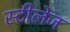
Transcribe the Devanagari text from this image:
स्टीलेज